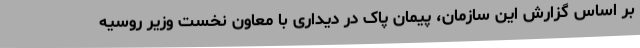
بر اساس گزارش این سازمان، پیمان پاک در دیداری با معاون نخست وزیر روسیه